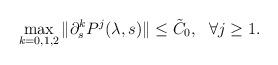
LaTeX: \begin{align*}\max_{k=0,1,2}\| \partial_s^k P^j(\lambda,s)\|\leq \tilde C_0, \ \ \forall j\geq 1.\end{align*}